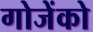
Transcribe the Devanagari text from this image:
गोजेंको